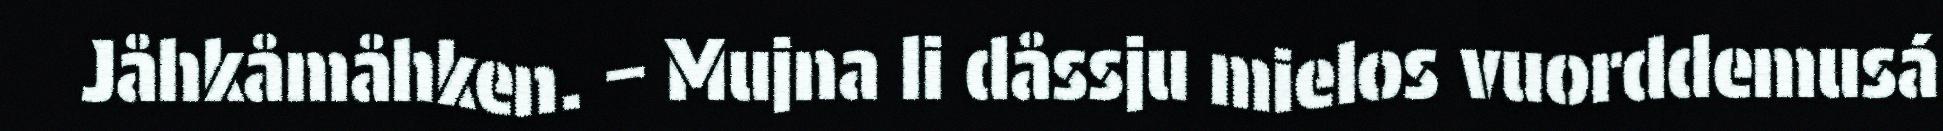
Jåhkåmåhken. – Mujna li dåssju mielos vuorddemusá